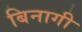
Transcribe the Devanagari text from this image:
बिनागी